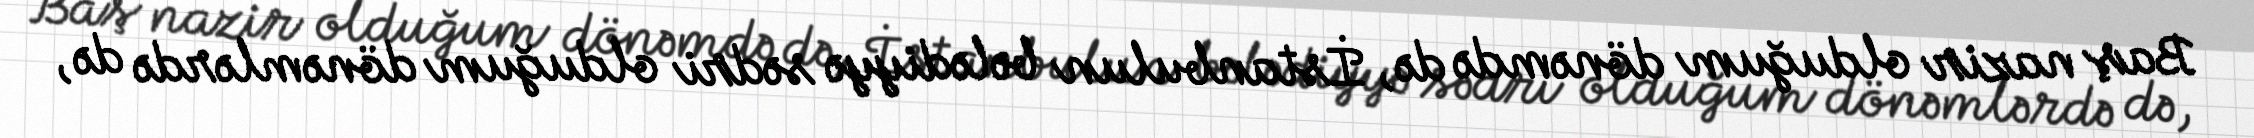
Baş nazir olduğum dönəmdə də, İstanbulun bələdiyyə sədri olduğum dönəmlərdə də,